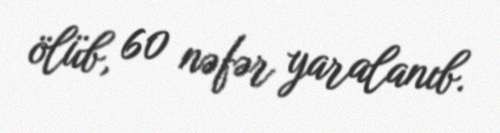
ölüb, 60 nəfər yaralanıb.